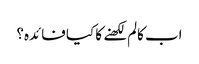
اب کالم لکھنے کا کیا فائدہ؟